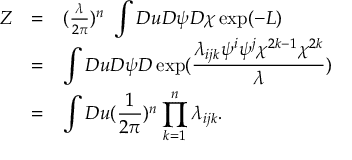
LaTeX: \begin{array} { l l l } { { Z } } & { { = } } & { { ( \frac { \lambda } { 2 \pi } ) ^ { n } \ \displaystyle \int { \cal D } u { \cal D } \psi { \cal D } \chi \exp ( - L ) } } \\ { { ~ } } & { { = } } & { { \displaystyle \int { \cal D } u { \cal D } \psi { \cal D } \exp ( \frac { \lambda _ { i j k } \psi ^ { i } \psi ^ { j } \chi ^ { 2 k - 1 } \chi ^ { 2 k } } { \lambda } ) } } \\ { { ~ } } & { { = } } & { { \displaystyle \int { \cal D } u ( \frac { 1 } { 2 \pi } ) ^ { n } \prod _ { k = 1 } ^ { n } \lambda _ { i j k } . } } \end{array}